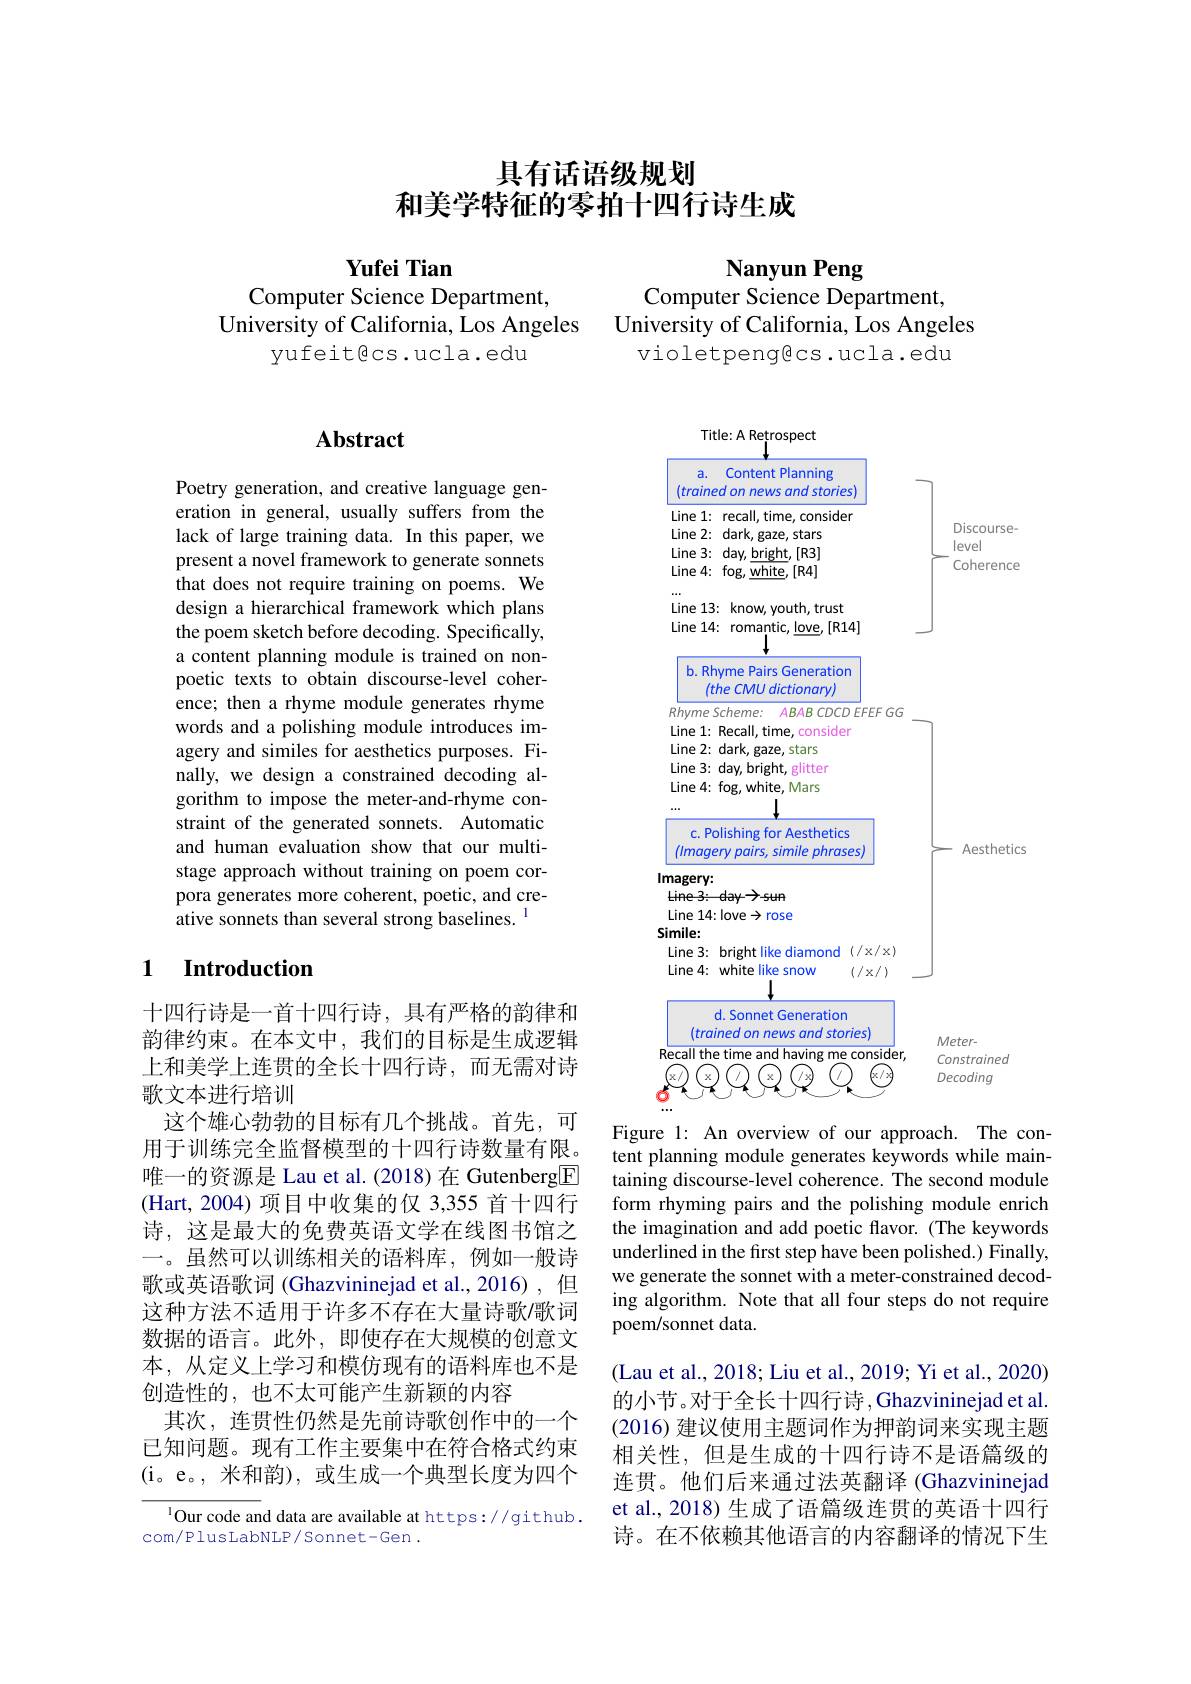
# 具有话语级规划和美学特征的零拍十四行诗生成

Yufei Tian
Computer Science Department,
University of California, Los Angeles
yufeitgcs.ucla.edu

## $\mathbf{Abstract}$

Poetry generation, and creative language generation in general, usually suffers from the lack of large training data. In this paper, we present a novel framework to generate sonnets that does not require training on poems. We design a hierarchical framework which plans the poem sketch before decoding. Specifically, a content planning module is trained on nonpoetic texts to obtain discourse-level coherence; then a rhyme module generates rhyme words and a polishing module introduces imagery and similes for aesthetics purposes. Finally, we design a constrained decoding algorithm to impose the meter-and-rhyme constraint of the generated sonnets. Automatic and human evaluation show that our multistage approach without training on poem corpora generates more coherent, poetic, and creative sonnets than several strong baselines. $^{\mathrm{l}}$

## 1 Introduction

十四行诗是一首十四行诗，具有严格的韵律和韵律约束。在本文中，我们的目标是生成逻辑上和美学上连贯的全长十四行诗，而无需对诗歌文本进行培训
这个雄心勃勃的目标有几个挑战。首先，可用于训练完全监督模型的十四行诗数量有限。唯一的资源是 Lau et al. (2018) 在 Gutenberg$\underline{\mathrm{E}}$ (Hart, 2004) 项目中收集的仅 3,355 首十四行诗，这是最大的免费英语文学在线图书馆之一。虽然可以训练相关的语料库，例如一般诗歌或英语歌词 (Ghazvininejad et al.,2016),但这种方法不适用于许多不存在大量诗歌/歌词数据的语言。此外，即使存在大规模的创意文本，从定义上学习和模仿现有的语料库也不是创造性的，也不太可能产生新颖的内容
其次，连贯性仍然是先前诗歌创作中的一个已知问题。现有工作主要集中在符合格式约束(i。e。,米和韵),或生成一个典型长度为四个

$^{1}$Our code and data are available at https://github.
com/PlusLabNLP/Sonnet-Gen.

Nanyun Peng
Computer Science Department,
University of California, Los Angeles
violetpeng@cs.ucla.edu

<FigureHere>
Figure 1: An overview of our approach. The con-

tent planning module generates keywords while maintaining discourse-level coherence. The second module form rhyming pairs and the polishing module enrich the imagination and add poetic flavor. (The keywords underlined in the first step have been polished.) Finally, we generate the sonnet with a meter-constrained decoding algorithm. Note that all four steps do not require poem/sonnet data.

(Lau et al., 2018; Liu et al., 2019; Yi et al., 2020) 的小节。对于全长十四行诗，Ghazvininejad et al. (2016) 建议使用主题词作为押韵词来实现主题相关性，但是生成的十四行诗不是语篇级的连贯。他们后来通过法英翻译 (Ghazvininejad et al., 2018) 生成了语篇级连贯的英语十四行诗。在不依赖其他语言的内容翻译的情况下生